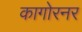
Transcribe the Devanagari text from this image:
कागोरनर